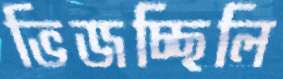
ভিজচ্ছিলি